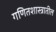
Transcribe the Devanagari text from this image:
गणितशास्त्रातील